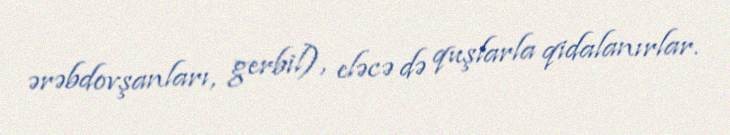
ərəbdovşanları, gerbil), eləcə də quşlarla qidalanırlar.